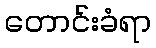
တောင်းခံရာ